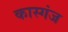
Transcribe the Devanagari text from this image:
कास्गंज